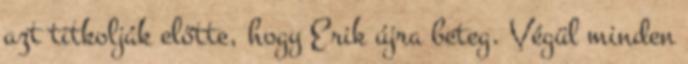
azt titkolják előtte, hogy Erik újra beteg. Végül minden